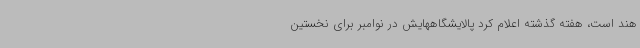
هند است، هفته گذشته اعلام کرد پالایشگاههایش در نوامبر برای نخستین